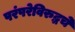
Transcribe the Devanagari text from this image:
परंपरेविरुद्धचे